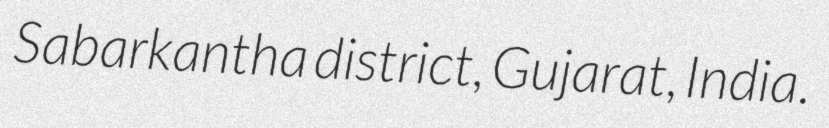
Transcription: Sabarkantha district, Gujarat, India.